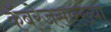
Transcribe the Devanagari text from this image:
कॅबरेजसारख्या